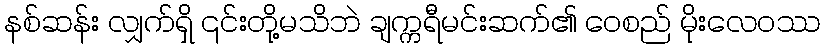
နစ်ဆန်း လျှက်ရှိ ၎င်းတို့မသိဘဲ ချက္ကရီမင်းဆက်၏ ဝေစည် မိုးလေဝဿ